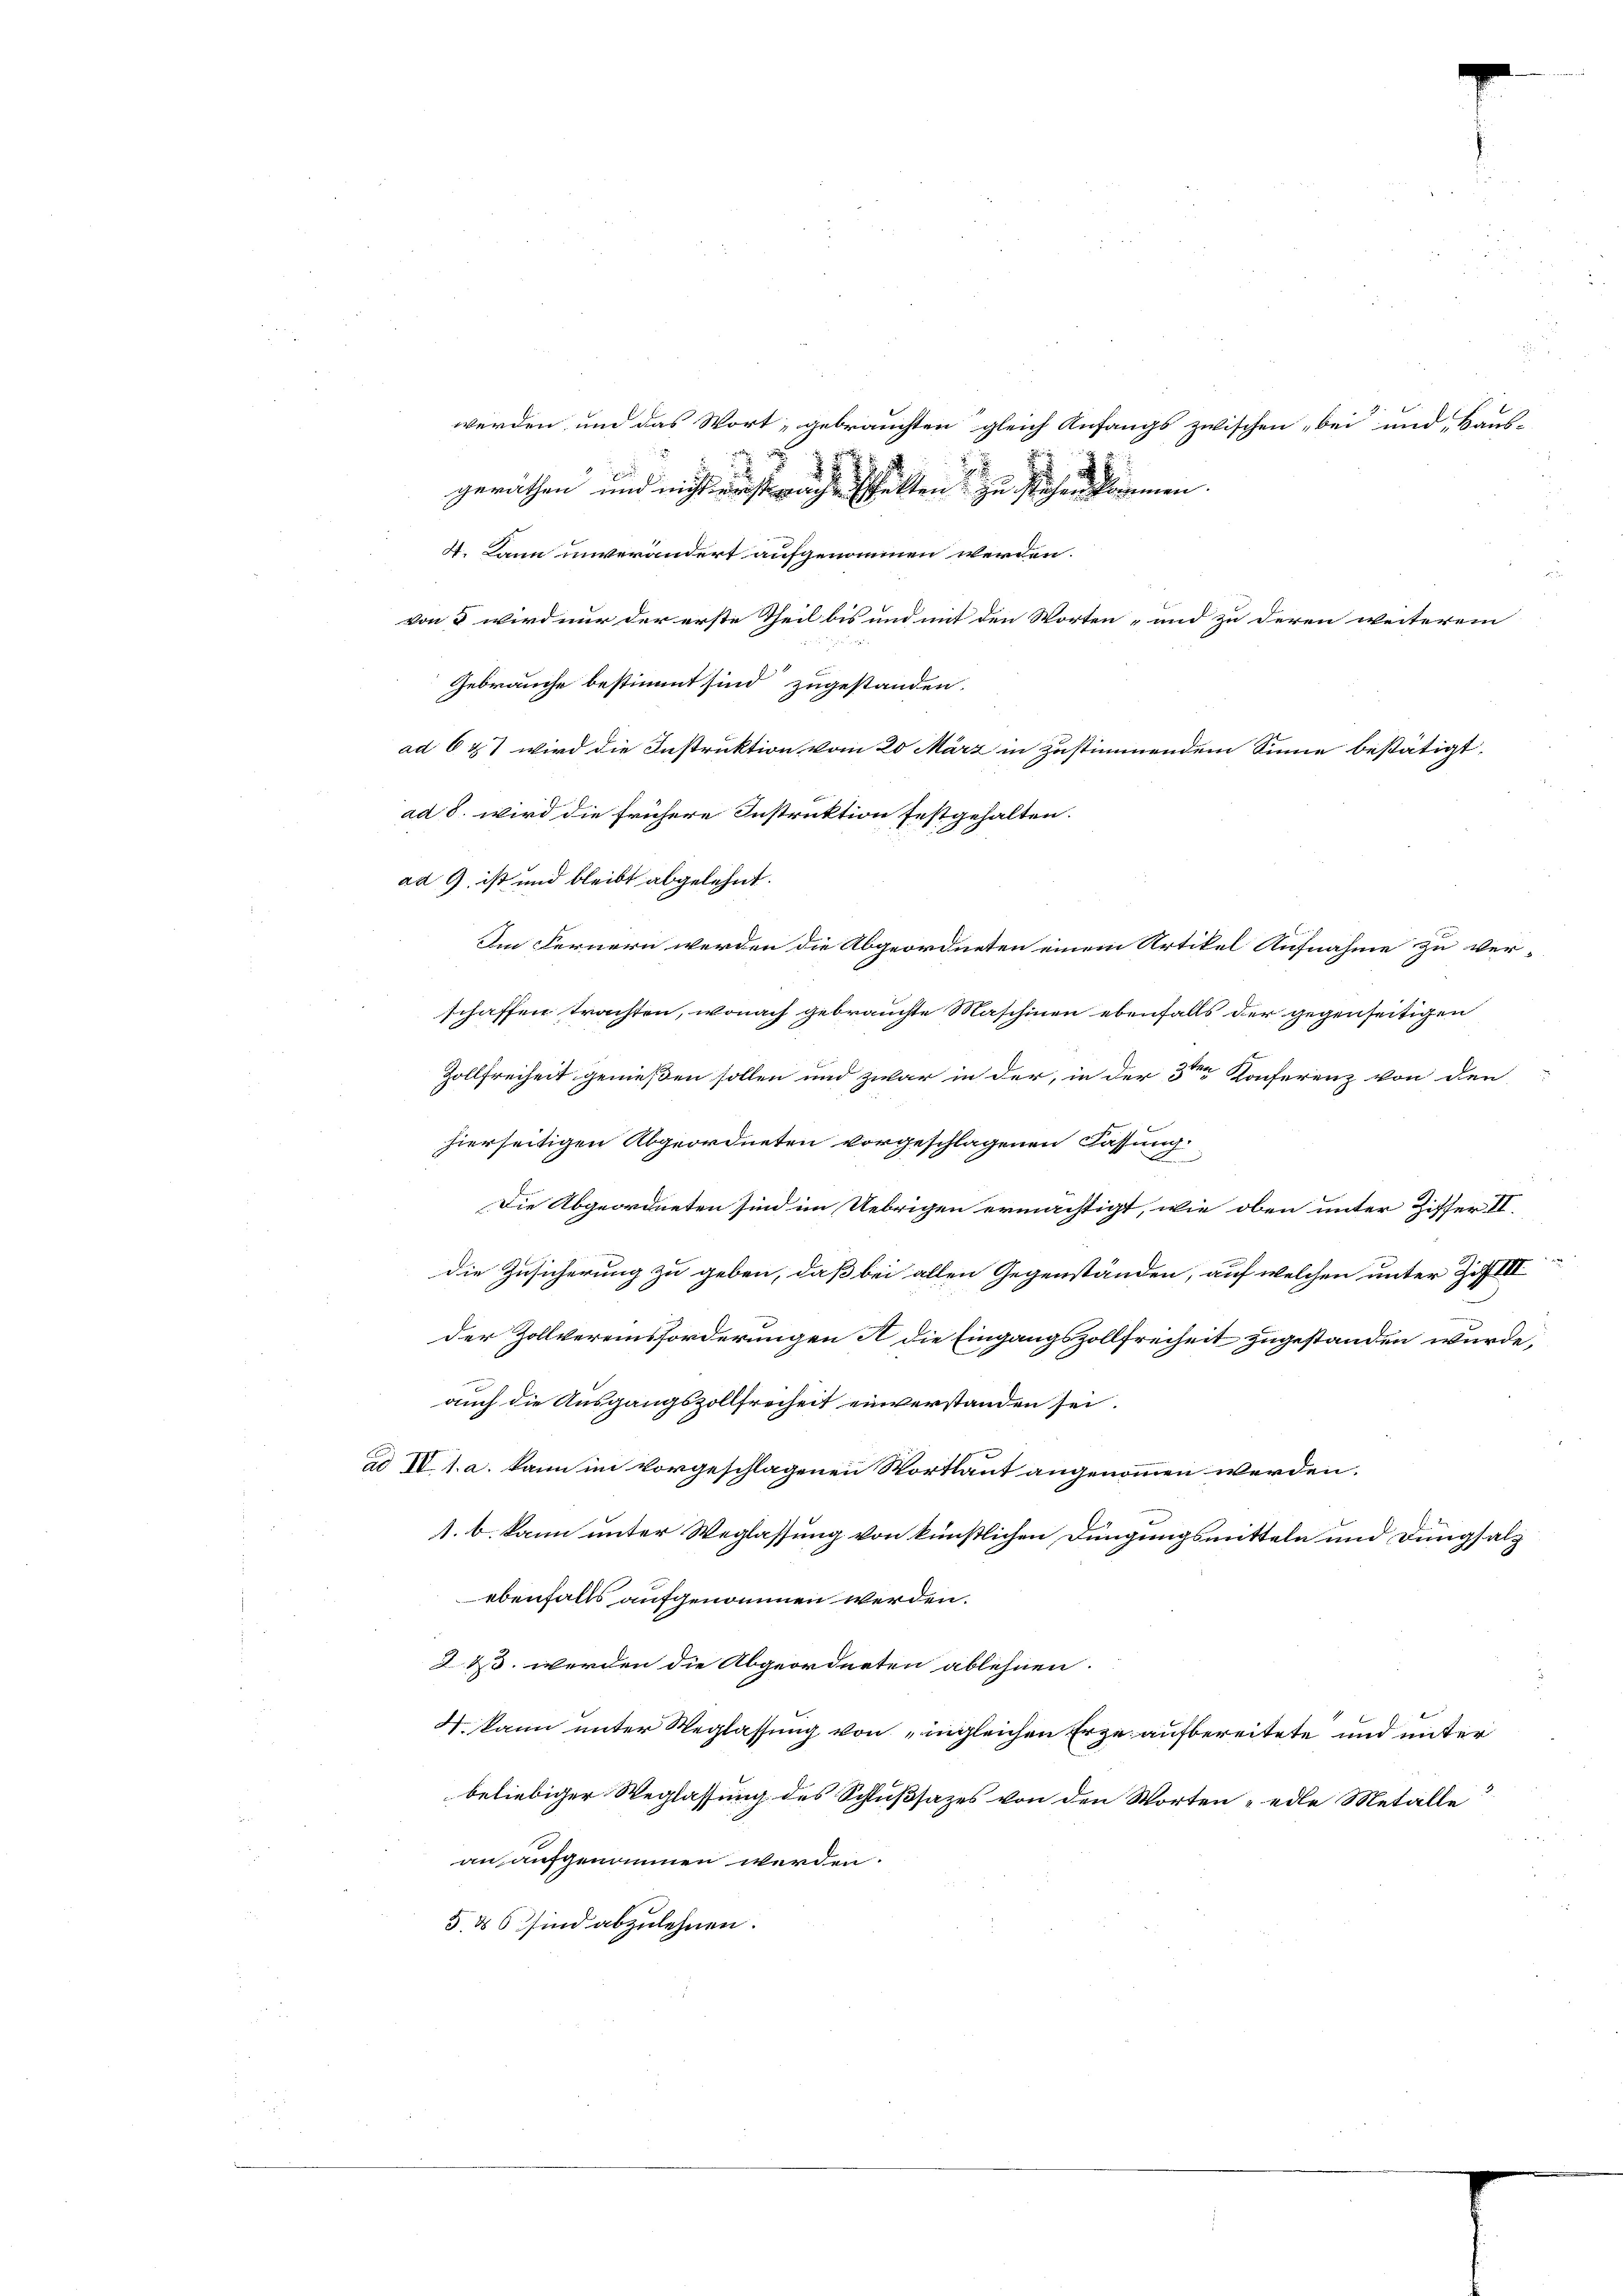
ad 9. ist und bleibt abgelehnt.

werden und das Wort, gebrauchten gleich Anfangs zwischen „bei und, Haus-
Im Fernern werden die Abgeordneten einem Artikel Aufnahme zu verschaffen trachten, wonach gebrauchte Maschinen ebenfalls der gegenseitigen
Zollfreiheit genießen sollen und zwar in der, in der 3ten Konferenz von den
hierseitigen Abgeordneten vorgeschlagenen Fassung.
b
Die Abgeordneten sind im Uebrigen ermächtigt, wie oben unter Ziffer II.
die Zusicherung zu geben, daß bei allen Gegenständen, auf welchen unter Ziff III
der Zollvereinsforderungen A die Eingangszollfreiheit zugestanden wurde,
.
auch die Ausgangszollfreiheit einverstanden sei.
ad IV 1. a. kann im vorgeschlagenen Wortlaut angenommen werden,
1. b. kann unter Weglassung von künstlichen Dingungsmitteln und Dungsalz
ebenfalls aufgenommen werden.
2 13. werden die Abgeordneten ablehnen.
4. kann unter Weglassung von „ingleichen Erze aufbereitete und unter
beliebiger Weglassung des Schlußsatzes von den Worten edle Metalle
an aufgenommen werden.
5. 86 sind abzulehnen.

d
geräthen und nicht auft wache schalten zu stehen kommen.
4. Dann unverändert aufgenommen werden.

von 5 wird nur der erste Theil bis und mit den Worten- und zu deren weiterem
Gebrauche bestimmt sind zugestanden.
ad 6 & wird die Instruktion vom 20 März in zustimmendem Sinne bestätigt.
ad 8. wird die frühere Instruktion festgehalten.